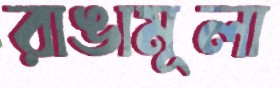
রাঙামূলা